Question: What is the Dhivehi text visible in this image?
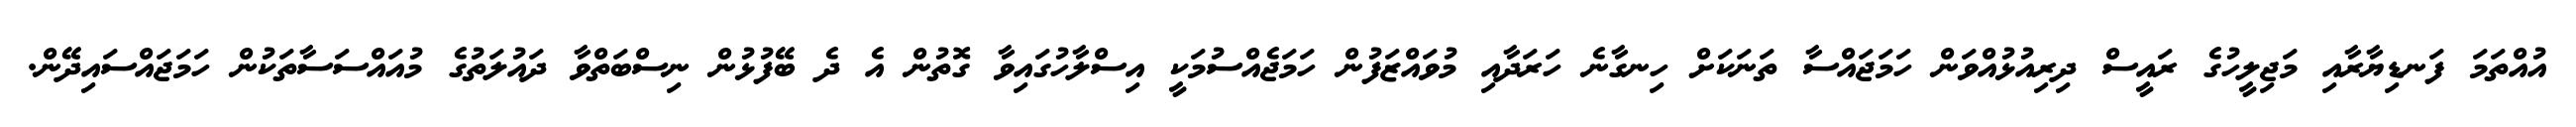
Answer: އުއްތަމަ ފަނޑިޔާރާއި މަޖިލީހުގެ ރައީސް ދިރިއުޅުއްވަން ހަމަޖައްސާ ތަނަކަށް ހިނގާނެ ހަރަދާއި މުވައްޒަފުން ހަމަޖެއްސުމަކީ އިސްލާހުގައިވާ ގޮތުން އެ ދެ ބޭފުޅުން ނިސްބަތްވާ ދައުލަތުގެ މުއައްސަސާތަކުން ހަމަޖައްސައިދޭން.